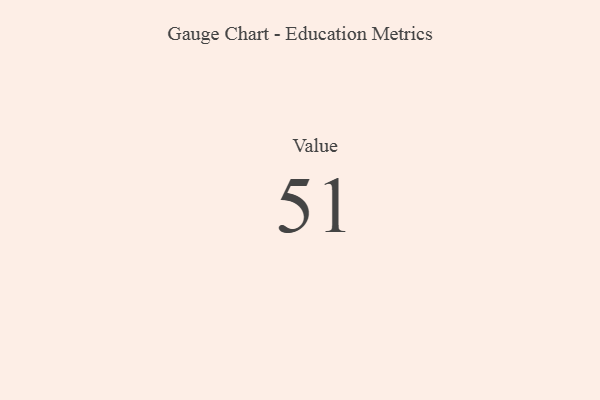
{"axis": {"x": "Metric", "y": "Value"}, "legend": [""], "data": [{"x": "Value", "y": 51, "type": ""}]}